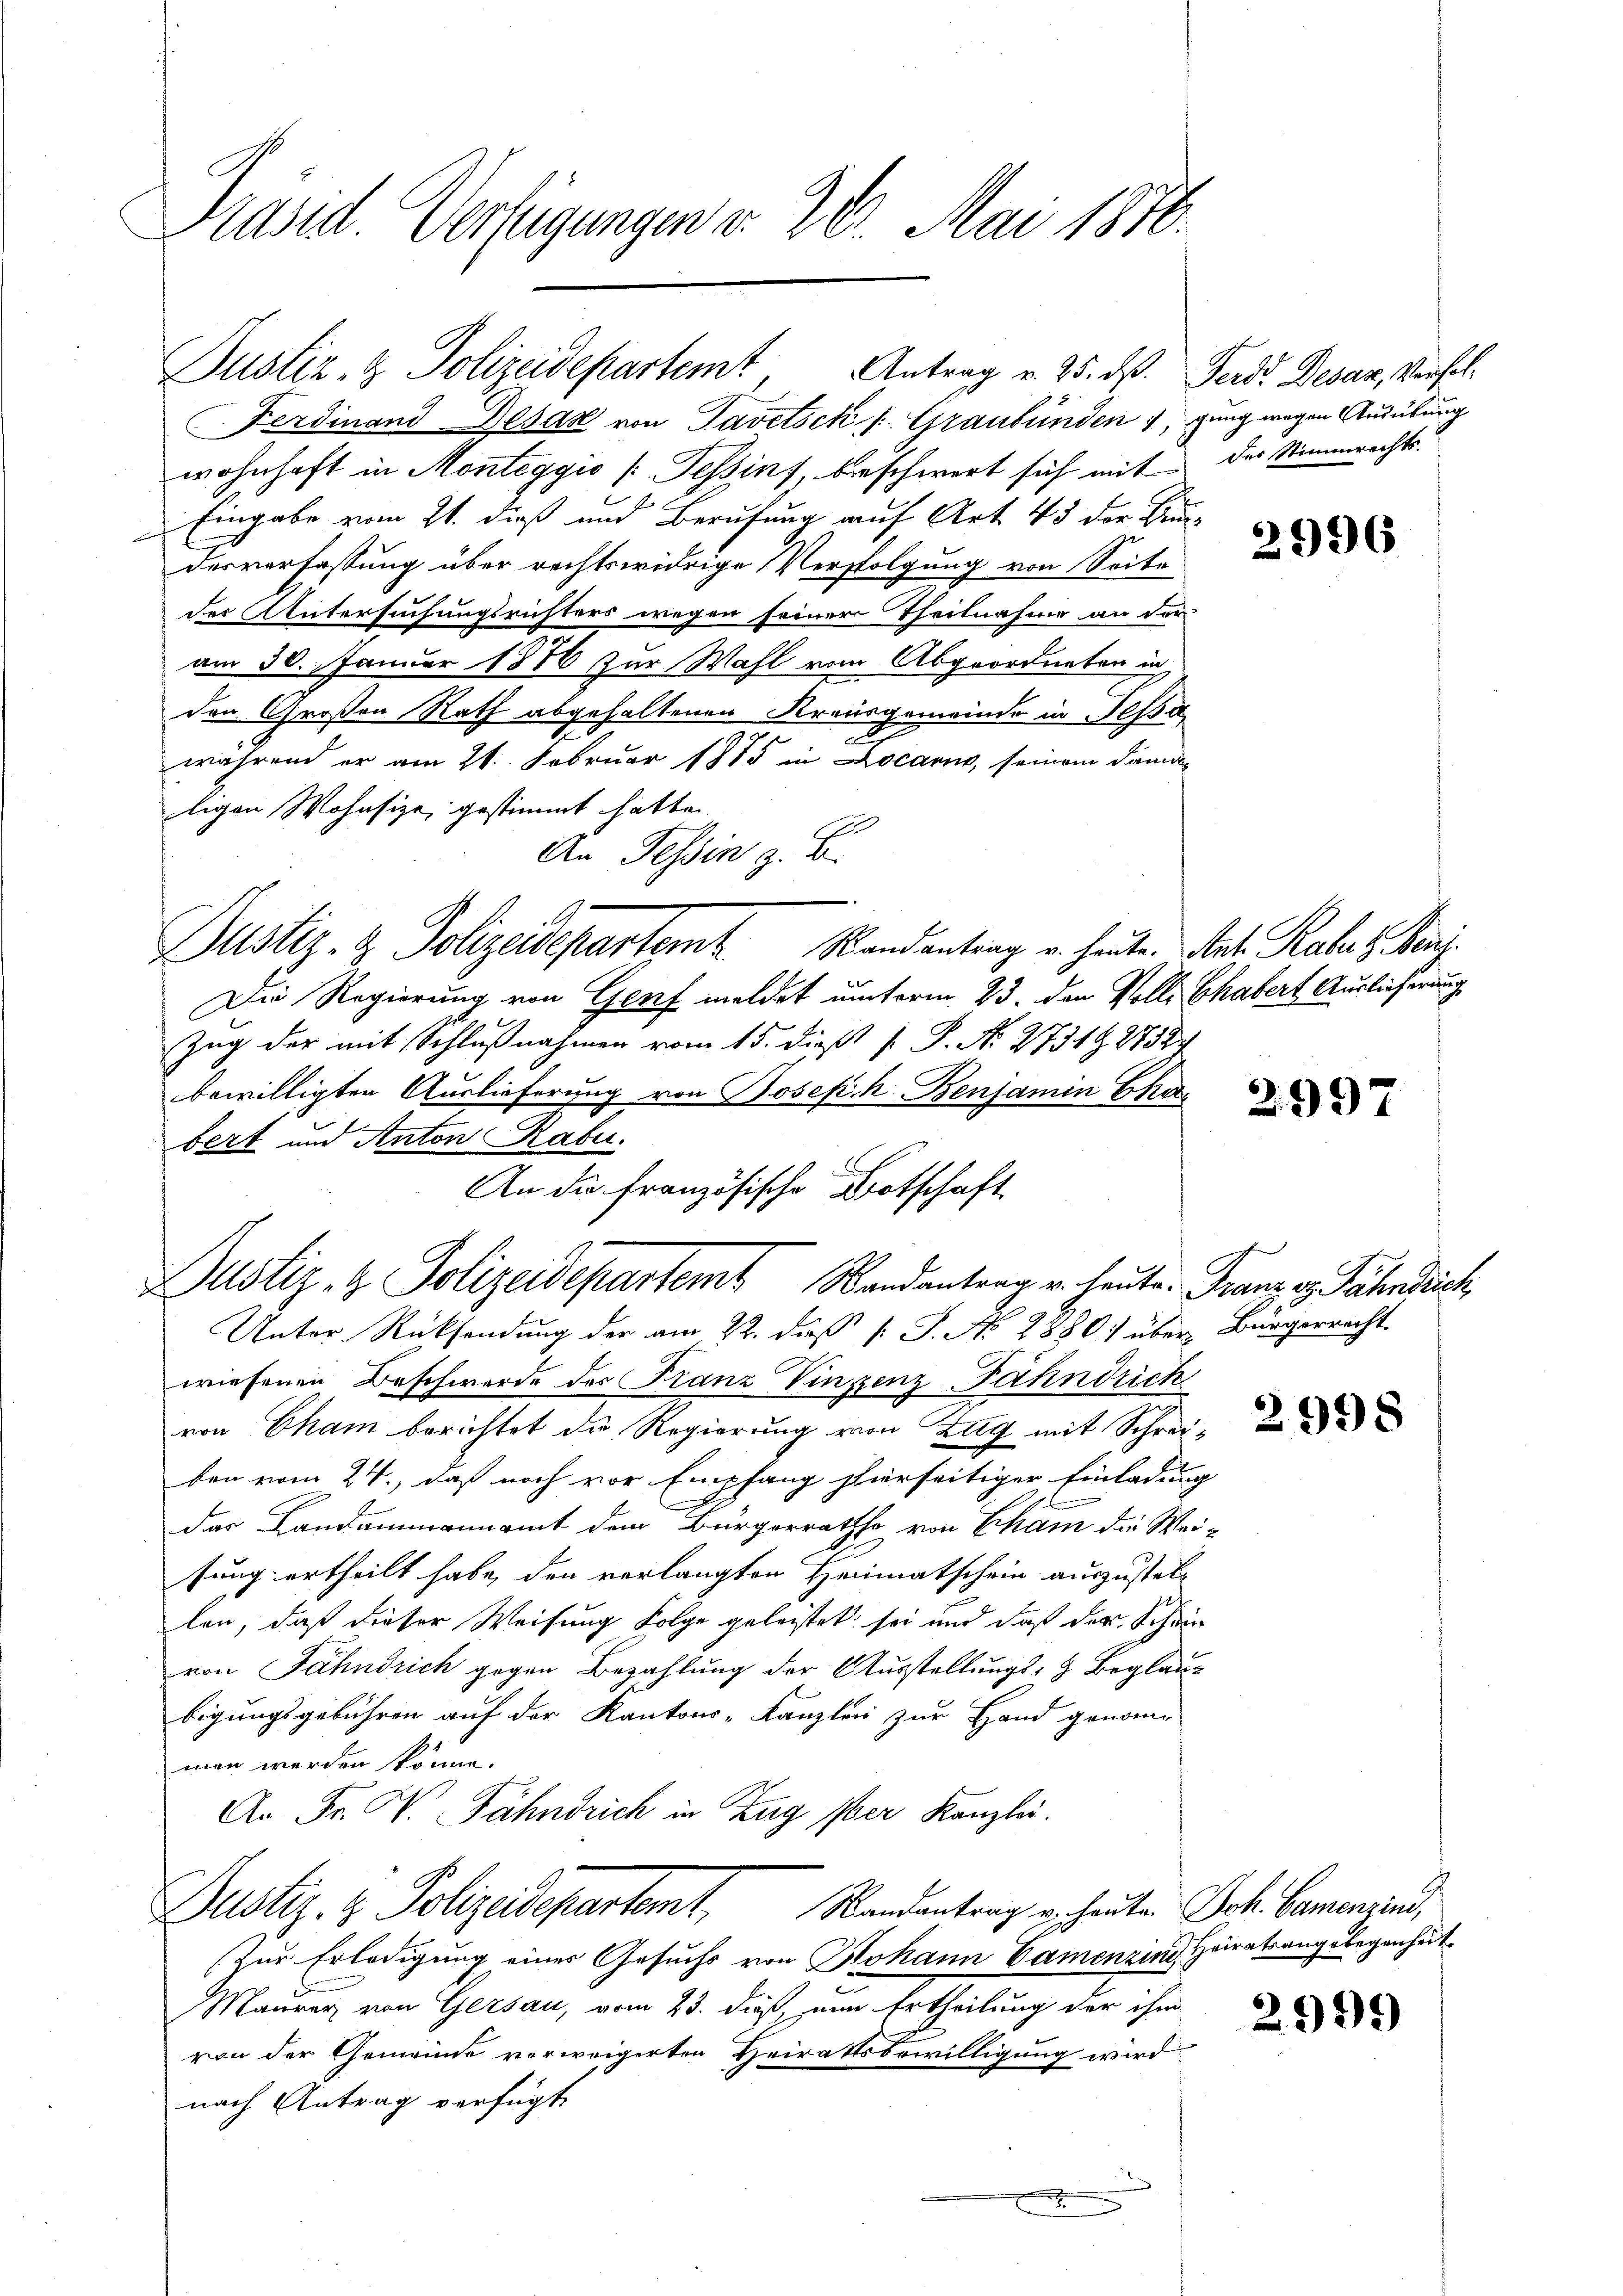
Präsid. Vertigungen v. 26. Mai 1876.

n

Justiz- & Polizeidepartemt, Antrag v. 25. ds. Ferd. Desar, Versel¬

Ferdinand Desaz von Tavetsck ( Graubünden, ging wegen Ausübung
wohnhaft in Monteggio (Tessins, beschwert sich mit der Stimmrechts-
Eingabe vom 21. dieß und Berufung auf Art. 45 der Brundesverfassung über rechtswidrige Verfolgung von Seite
des Untersuchungsrichters wegen seiner Theilnahme an der
am 30. Januar 1886 zur Wahl vom Abgeordneten in
den Großen Rath abgehaltenen Krausgemeinde in Jessa
d
während er am 21. Februar 1885 in Locarno, seinem Damaligen Wohnsize, gestimmt hatte.
An Tessin z. B.
Dustiz- & Polizeidepartem Randantrag u. heute Art. Rabe z. Seni
Die Regierung von Genf meldet unterm 23. den Volls Chabert Auslieferung
Zug der mit Schlußnahmen vom 15. dieß [ P. No. 2731. 8752.
bewilligten Auslieferung von Bosefisch Benjamin Char
bert und Anton Rabe.
An die französische Botschaft

Dustiz- & Polizeidepartem Randantrag u. heute. Franze Fähnrich,

Unter Rücksendung der am 22. dieß [ J. No 2880) über Bürgerrecht
wiesenen Beschwerde der Franz Vinzenz Fahndrich
von Cham berichtet die Regierung von Zug mit Schreiben vom 24., daß noch vor Empfang hierseitiger Einladung
l
das Landammannamt dem Bürgerraths von Cham die Wei-
fung ertheilt habe, den verlangten Heimatschein auszustellen, daß dieser Weisung Folge geleistet sei und daß der Schien
von Jahnsrich gegen Bezahlung der Ausstellungs- & Beglaubigungsgebühren auf der Kantons-Kanzlei zur Hand genommen werden könne.
An Fr. W. Fähndrich in Zug ser Kanzlei.
Justiz- & Polizeidepartemt. Mandantrag verheiten Joh. Camenzins,
(Zur Erledigung eines Gesuchs von Johann Camenzins, Heiratsangelegenheit
Maurer von Gersau, vom 23. dieß, nun Ertheilung der ihm
von der Gemeinde verweigerten Heiratsbewilligung wird
nach Antrag verfügt
3

2996

2997

2998

2999